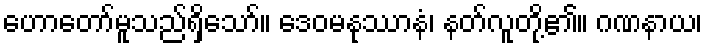
ဟောတော်မူသည်ရှိသော်။ ဒေဝမနုဿာနံ၊ နတ်လူတို့၏။ ဂဏနာယ၊